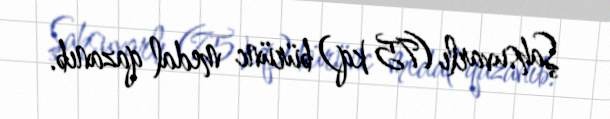
Şahsuvarlı (75 kq) bürünc medal qazanıb.